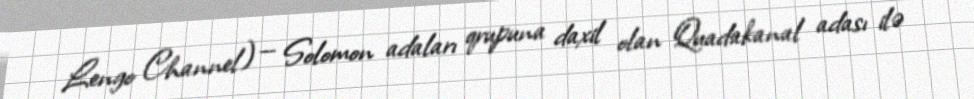
Lengo Channel) — Solomon adaları qrupuna daxil olan Quadakanal adası ilə